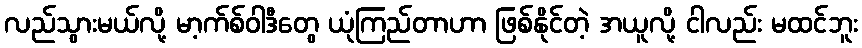
လည်သွားမယ်လို့ မာ့က်စ်ဝါဒီတွေ ယုံကြည်တာဟာ ဖြစ်နိုင်တဲ့ အယူလို့ ငါလည်း မထင်ဘူး